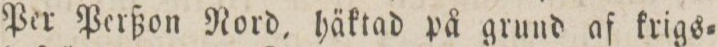
Per Perßon Nord, häktad på grund af krigs=